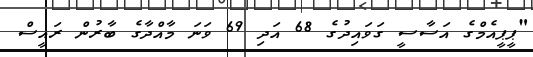
"ޕީޕީއެމްގެ އަސާސީ ގަވައިދުގެ 68 އަދި 69 ވަނަ މާއްދާގެ ބާރުން ރައީސް